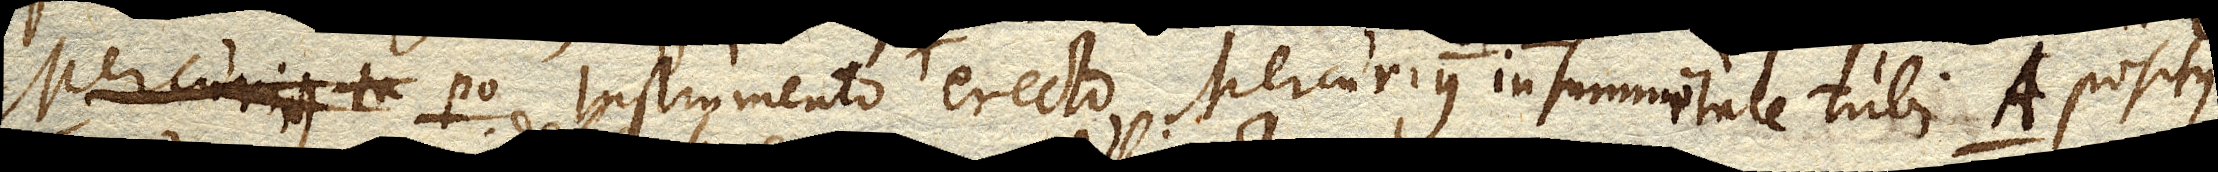
Mercurius. Instrumento erecto, Mercurius in summitate Tubi a. positus